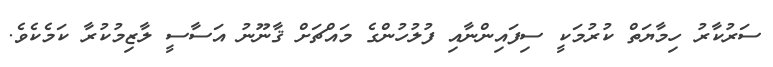
ސަރުކާރު ހިމާޔަތް ކުރުމަކީ ސިފައިންނާއި ފުލުހުންގެ މައްޗަށް ޤާނޫނު އަސާސީ ލާޒިމުކުރާ ކަމެކެވެ.